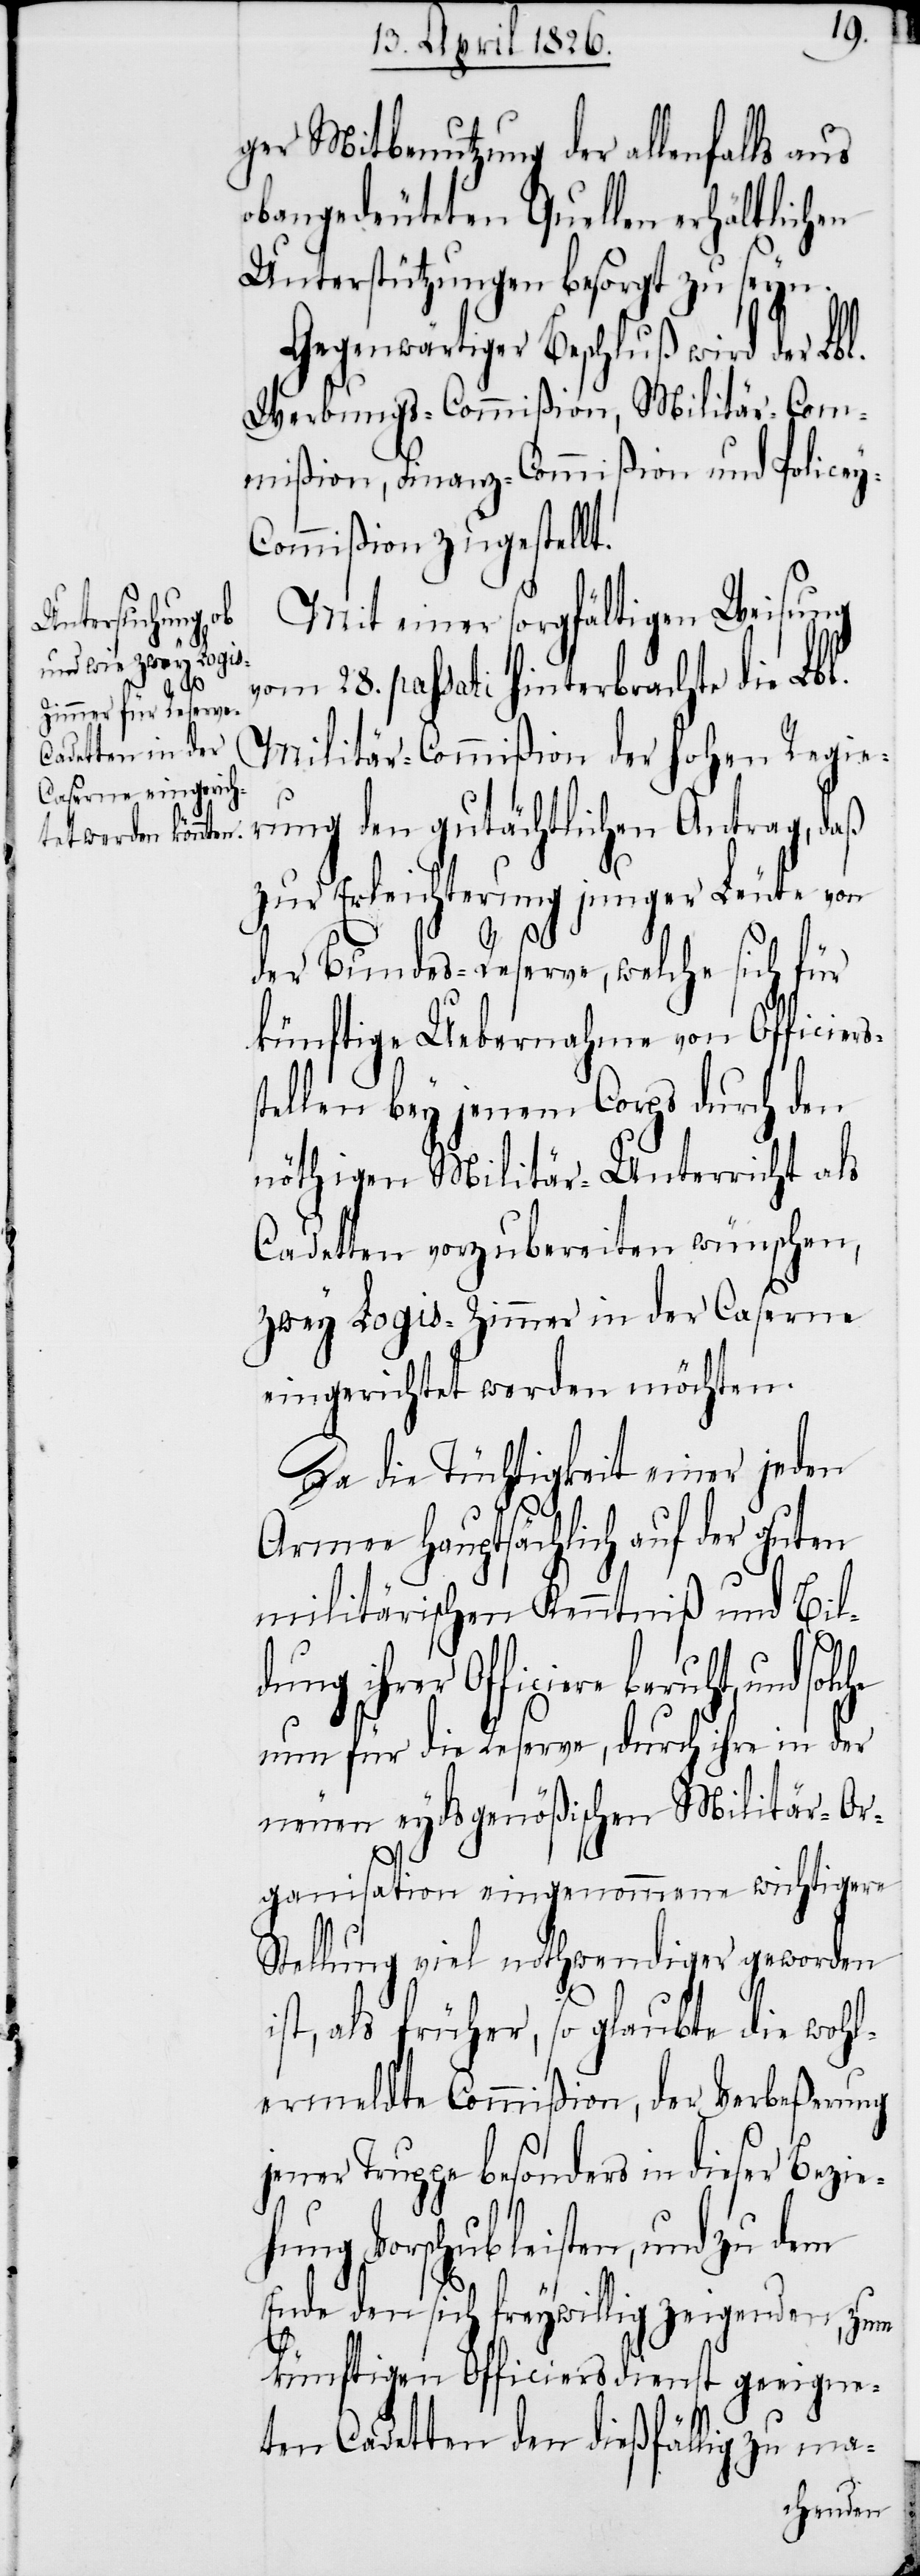
ger Mitbenutzung der allenfalls aus
obangedeuteten Quellen erhältlichen
Unterstützung besorgt zu seyn.
Gegenwärtiger Beschluß wird der Lbl.
Werbungs-Commißion, Militär-Com¬
mißion, Finanz-Commißion und Policey-C¬
ommißion zugestellt.
Mit einer sorgfältigen Weisung
vom 28. passati hinterbrachte die Lbl.
Militär-Commißion der hohen Regie¬
rung den gutächtlichen Antrag, daß
zur Erleichterung junger Leute von
der Bundes-Reserve, welche sich für
künftige Uebernahme von Officiers¬
stellen bey jenem Corps durch den
nöthigen Militär-Unterricht als
Cadetten vorzubereiten wünschen,
zwey Logis-Zimmer in der Caserne
eingerichtet werden möchten.
Da die Tüchtigkeit einer jeden
Armee hauptsächlich auf der guten
militärischen Kenntniß und Bil¬
dung ihrer Officiere beruht,
nun für die Reserve, durch ihre in der
neuen eydsgenößischen Militär-Or¬
ganisation eingenommene wichtigere
Stellung viel nothwendiger geworden
ist, als früher, so glaubte die wohl¬
ermeldte Commißion, der Verbeßerung
jener Truppe besonders in dieser Bezie¬
hung Vorschub leisten, und zu dem
Ende den sich freywillig zeigenden, zum
künftigen Officiersdienst geeigne¬
ten Cadetten den dießfällig zu ma-